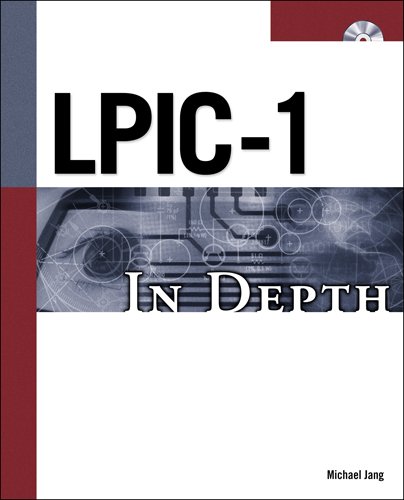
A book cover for LPIC-1 In Depth; Michael Jang; Computers & Technology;